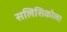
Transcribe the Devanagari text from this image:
सलिसिकोला